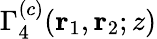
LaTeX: \Gamma_{4}^{(c)}(\mathbf{r}_{1},\mathbf{r}_{2};z)